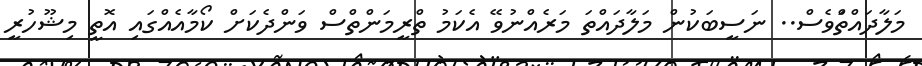
މަލާދައްތްްްްްްަވެސް.. ނަސީބަކުން މަލާދައްތަ މަރެއްނުވޭ އެކަމު ތްރީމަންތްްްްްްސް ވަންދެކަށް ކޯމާއެއްގައި އޮތީ މިޝޫހުރީ